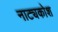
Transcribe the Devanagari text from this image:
नाट्यकोश